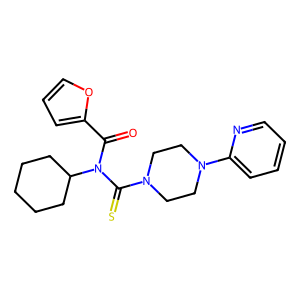
SMILES: O=C(c1ccco1)N(C(=S)N1CCN(c2ccccn2)CC1)C1CCCCC1
Inhibits HIV replication: No